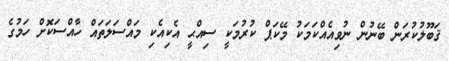
ޤަބޫލުކުރަން ބޭނުން ނުވިއެއްކަމަކު މޭކަޕް ކުރުމަކީ ސިއްޙީ އެކިއެކި މައްސަލަތައް ހާއްސަކޮށް ހަމުގެ